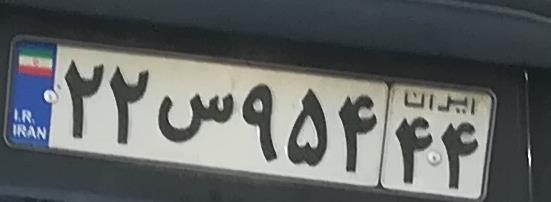
۲۲س۹۵۴۴۴